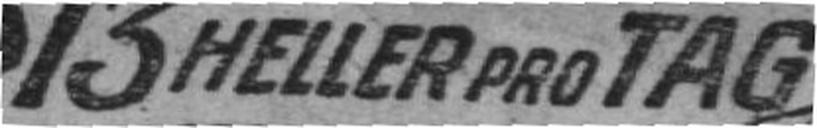
13 HELLER PRO TAG